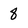
Character: 8